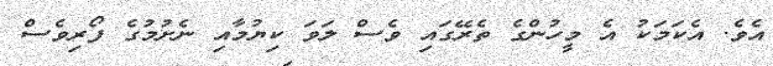
އެވެ. އެކަމަކު އެ މީހުންގެ ތެރޭގައި ވެސް ލަވަ ކިޔުމާއި ނެށުމުގެ ފޯރިވެސް